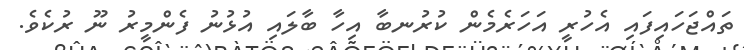
ތައްޖަހައިފައި އެހުރީ އަހަރެމެން ކުރުނބާ އިހާ ބާލައި އުޅުނު ފެންމީރު ނޫ ރުކެވެ.